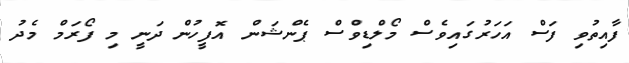
ފާއިތުވި ފަސް އަހަރުގައިވެސް މޯލްޑިވްސް ޕެންޝަން އޮފީހުން ދަނީ މި ފޯރަމް މެދު